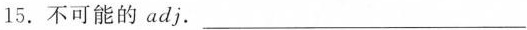
15. 不可能的 adj. ___